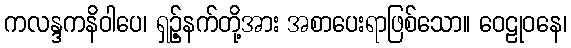
ကလန္ဒကနိဝါပေ၊ ရှဉ့်နက်တို့အား အစာပေးရာဖြစ်သော။ ဝေဠုဝနေ၊